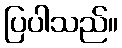
ပြပါသည်။